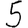
Digit: 5